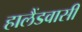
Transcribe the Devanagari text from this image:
हालैंडवासी